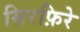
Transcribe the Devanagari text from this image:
सिरफ़िरे